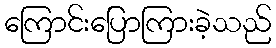
ကြောင်းပြောကြားခဲ့သည်